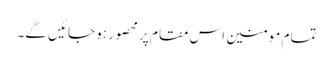
تمام مومنین اس مقام پر محصور ہو جائیں گے۔